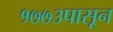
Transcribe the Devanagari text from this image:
१७७३पासून